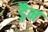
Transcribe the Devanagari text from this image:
ड्रैन